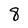
Character: 8